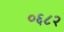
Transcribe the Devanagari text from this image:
०६८२